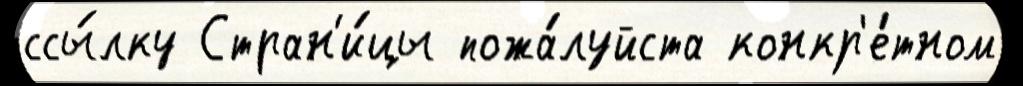
ссы́лку Стран'и́цы пожа́луйста конкр'е́тном